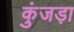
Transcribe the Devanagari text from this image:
कुंजड़ा